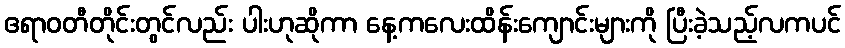
ဧရာဝတီတိုင်းတွင်လည်း ပါးဟုဆိုကာ နေ့ကလေးထိန်းကျောင်းများကို ပြီးခဲ့သည့်လကပင်